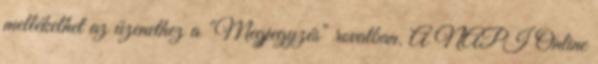
mellékelhet az üzenethez a "Megjegyzés" rovatban. A NAPI Online